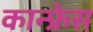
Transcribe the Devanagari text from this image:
कान्फ्रेस